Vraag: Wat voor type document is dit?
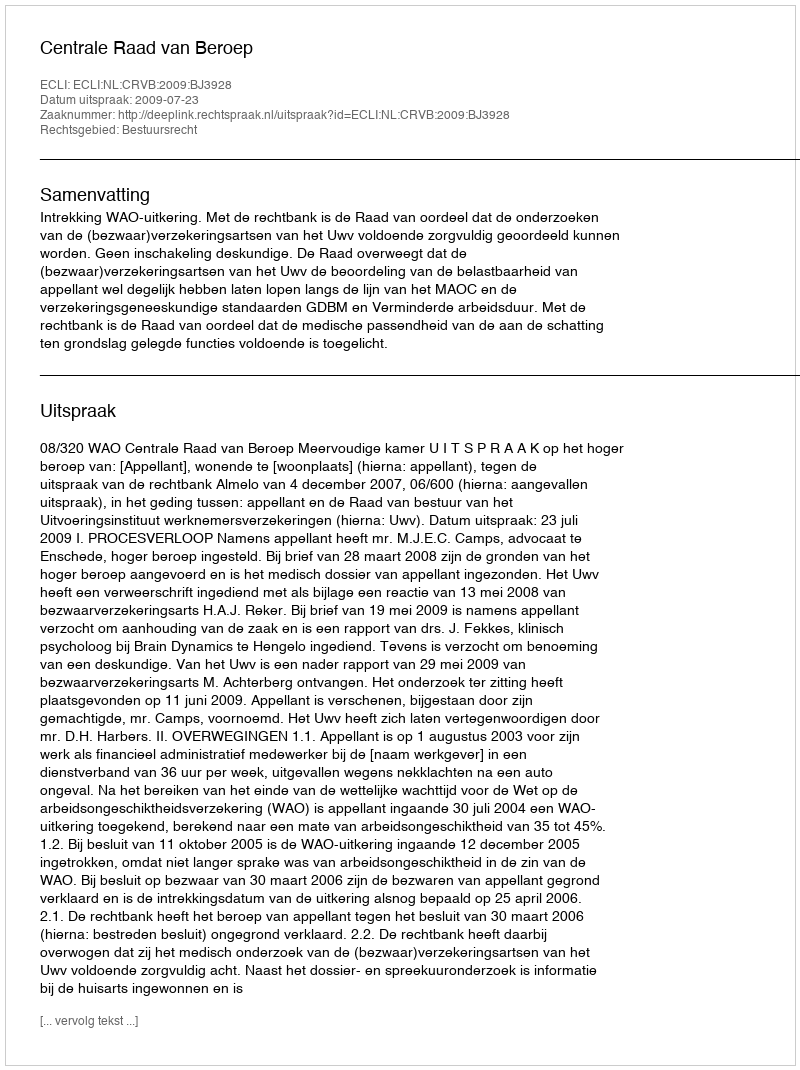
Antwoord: Uitspraak